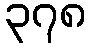
၃၇၈